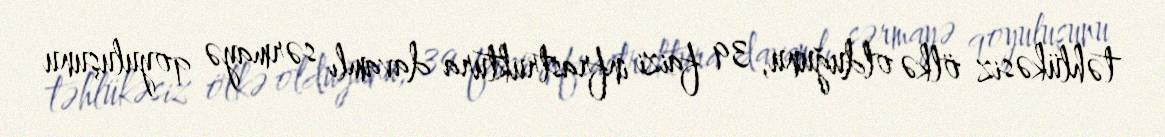
təhlükəsiz ölkə olduğunu, 39 faizi infrastruktura davamlı sərmayə qoyuluşunu